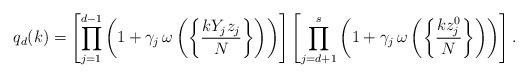
LaTeX: \begin{align*}q_d(k)&=\left[\prod_{j=1}^{d-1} \left( 1 + \gamma_j \, \omega\left( \left\{ \frac{k Y_j z_j}{N} \right\} \right) \right)\right]\left[\prod_{j=d+1}^{s} \left( 1 + \gamma_j \, \omega\left( \left\{ \frac{k z_j^0}{N} \right\} \right) \right)\right] .\end{align*}